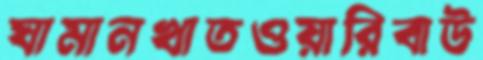
ঘামানখাতওয়ারিবাউ